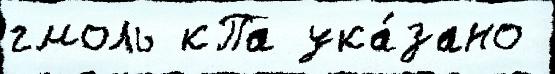
гмоль кПа ука́зано